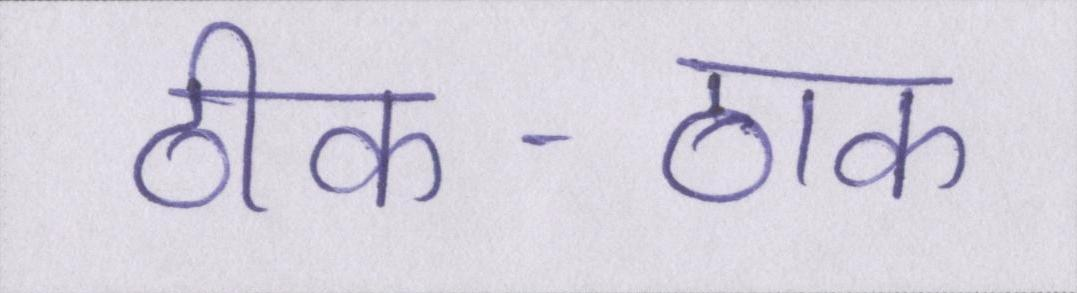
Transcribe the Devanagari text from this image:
ठीक-ठाक